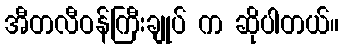
အီတလီဝန်ကြီးချုပ် က ဆိုပါတယ်။